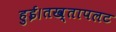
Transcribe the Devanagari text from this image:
हुई।तख्तापलट